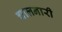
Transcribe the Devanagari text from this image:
चालनारी